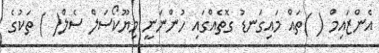
އެންޒައިމް ( )ތައް މައިގަނޑު ގޮތެއްގައި ހުންނަނީ މިޔޫކޯސަލް ސެލް( ) ތަކުގެ